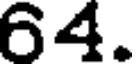
64.